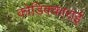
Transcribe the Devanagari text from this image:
कोडिक्काराई